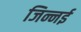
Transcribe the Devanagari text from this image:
जिन्नई